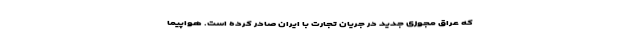
که عراق مجوزی جدید در جریان تجارت با ایران صادر کرده است. هواپیما